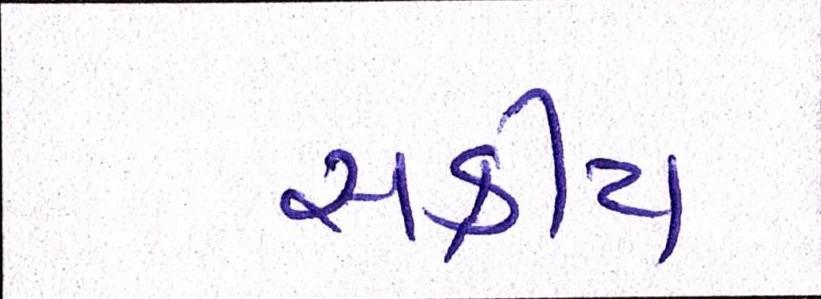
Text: સક્રીય